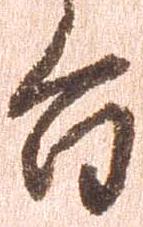
旨